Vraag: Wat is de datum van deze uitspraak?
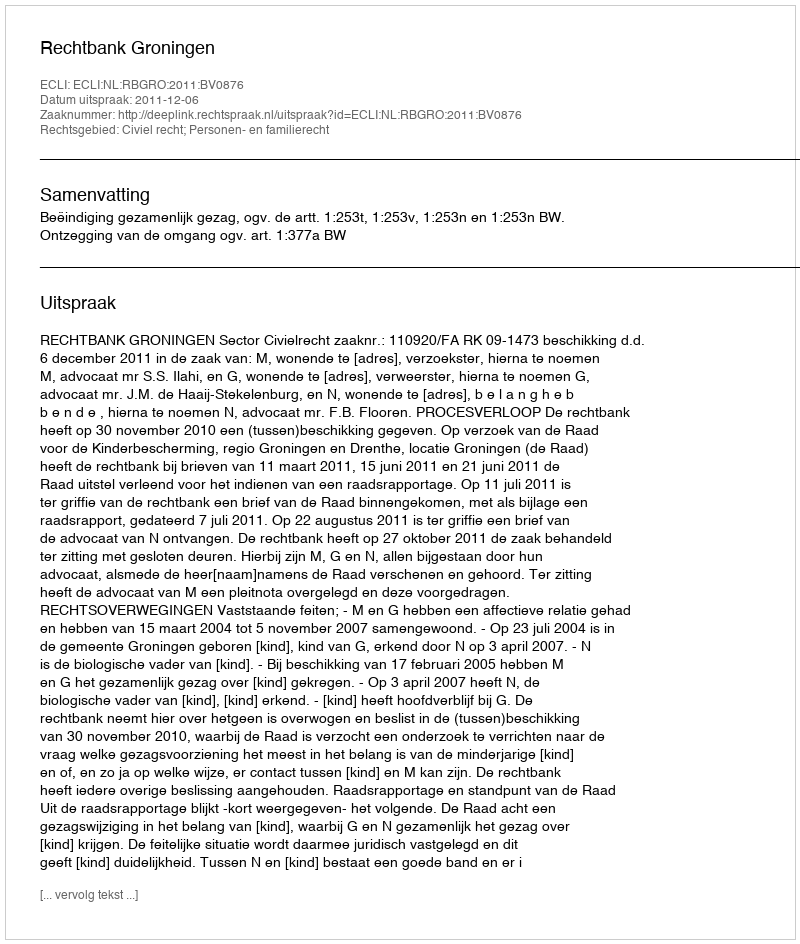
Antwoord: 2011-12-06